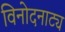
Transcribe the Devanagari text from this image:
विनोदनाट्य